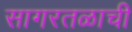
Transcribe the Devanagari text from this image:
सागरतळाची